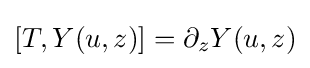
[T,Y(u,z)]=\partial _{z}Y(u,z)